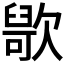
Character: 𣤑